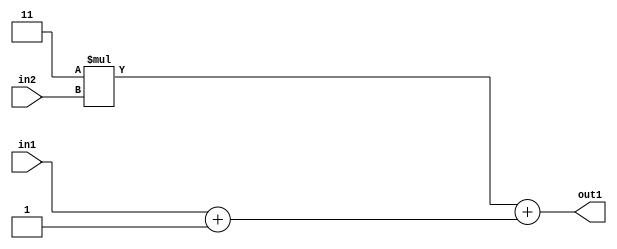
`timescale 1ps / 1ps
/*****************************************************************************
    Verilog RTL Description
    
    
    Created by: Stratus DpOpt 2019.1.01 
*******************************************************************************/

module DC_Filter_Add2Add2i1u1Mul2i3u2_4 (
	in2,
	in1,
	out1
	); /* architecture "behavioural" */ 
input [1:0] in2;
input  in1;
output [3:0] out1;
wire [3:0] asc001;
wire [2:0] asc003;

assign asc003 = 
	+(in1)
	+(3'B001);

wire [3:0] asc001_tmp_0;
assign asc001_tmp_0 = 
	+(4'B0011 * in2);
assign asc001 = asc001_tmp_0
	+({asc003[2], asc003});

assign out1 = asc001;
endmodule

/* CADENCE  uLX3Tg8= : u9/ySgnWtBlWxVPRXgAZ4Og= ** DO NOT EDIT THIS LINE ******/